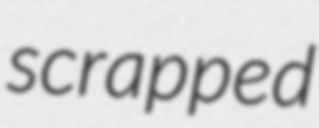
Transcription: scrapped